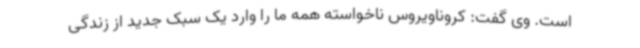
است. وی گفت: کروناویروس ناخواسته همه ما را وارد یک سبک جدید از زندگی